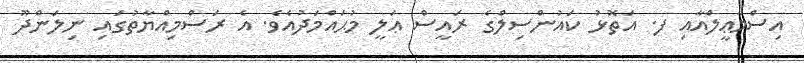
އިސްމާޢީލްއާއި ފ. އަތޮޅު ކައުންސިލްގެ ރައީސް ޢަލީ މުޙައްމަދުއެވެ. އެ ރަސްމިއްޔާތުގައި ނިލަންދޫ